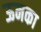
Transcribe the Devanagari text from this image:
ऊनका